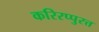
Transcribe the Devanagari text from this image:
करिरप्पुरत्त